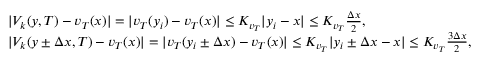
\begin{array} { r l } & { | V _ { k } ( y , T ) - v _ { T } ( x ) | = | v _ { T } ( y _ { i } ) - v _ { T } ( x ) | \le K _ { v _ { T } } | y _ { i } - x | \le K _ { v _ { T } } \frac { \Delta x } { 2 } , } \\ & { | V _ { k } ( y \pm \Delta x , T ) - v _ { T } ( x ) | = | v _ { T } ( y _ { i } \pm \Delta x ) - v _ { T } ( x ) | \le K _ { v _ { T } } | y _ { i } \pm \Delta x - x | \le K _ { v _ { T } } \frac { 3 \Delta x } { 2 } , } \end{array}